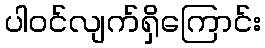
ပါဝင်လျက်ရှိကြောင်း